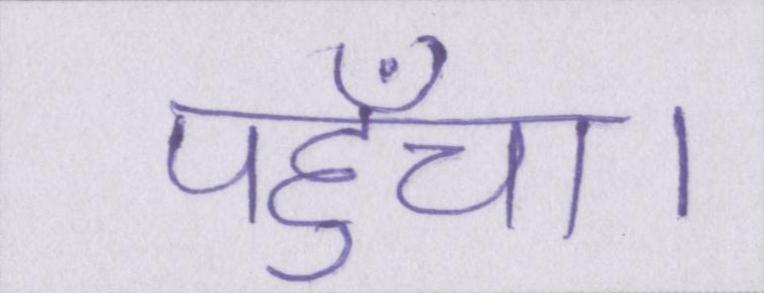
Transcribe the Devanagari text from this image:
पहुँचा।